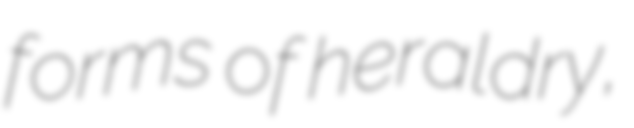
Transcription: forms of heraldry,